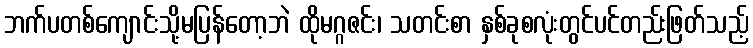
ဘက်ပတစ်ကျောင်းသို့မပြန်တော့ဘဲ ထိုမဂ္ဂဇင်း၊ သတင်းစာ နှစ်ခုစလုံးတွင်ပင်တည်းဖြတ်သည့်